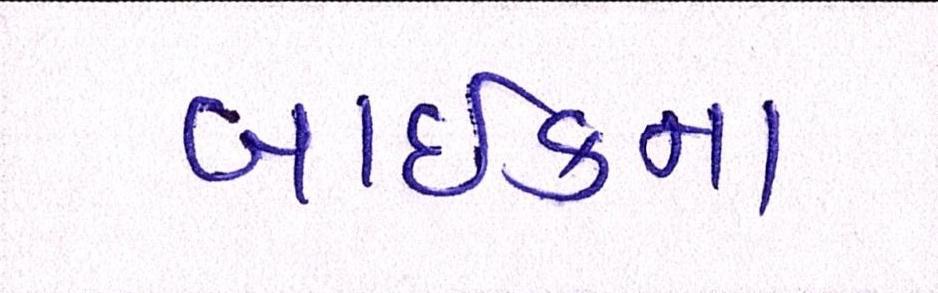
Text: બાઈકના